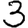
Digit: 3